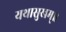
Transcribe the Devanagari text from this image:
यथासुखम्॥